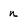
Character: n